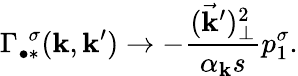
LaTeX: \Gamma_{\bullet\ast}^{~~\sigma}(\mathbf{k},\mathbf{k}^{\prime})\rightarrow-{\frac{{(\vec{{\mathbf{k}}}^{\prime})_{\perp}^{2}}}{{\alpha_{\mathbf{k}}s}}}p_{1}^{\sigma}.